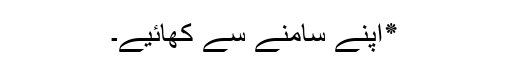
٭اپنے سامنے سے کھائیے۔